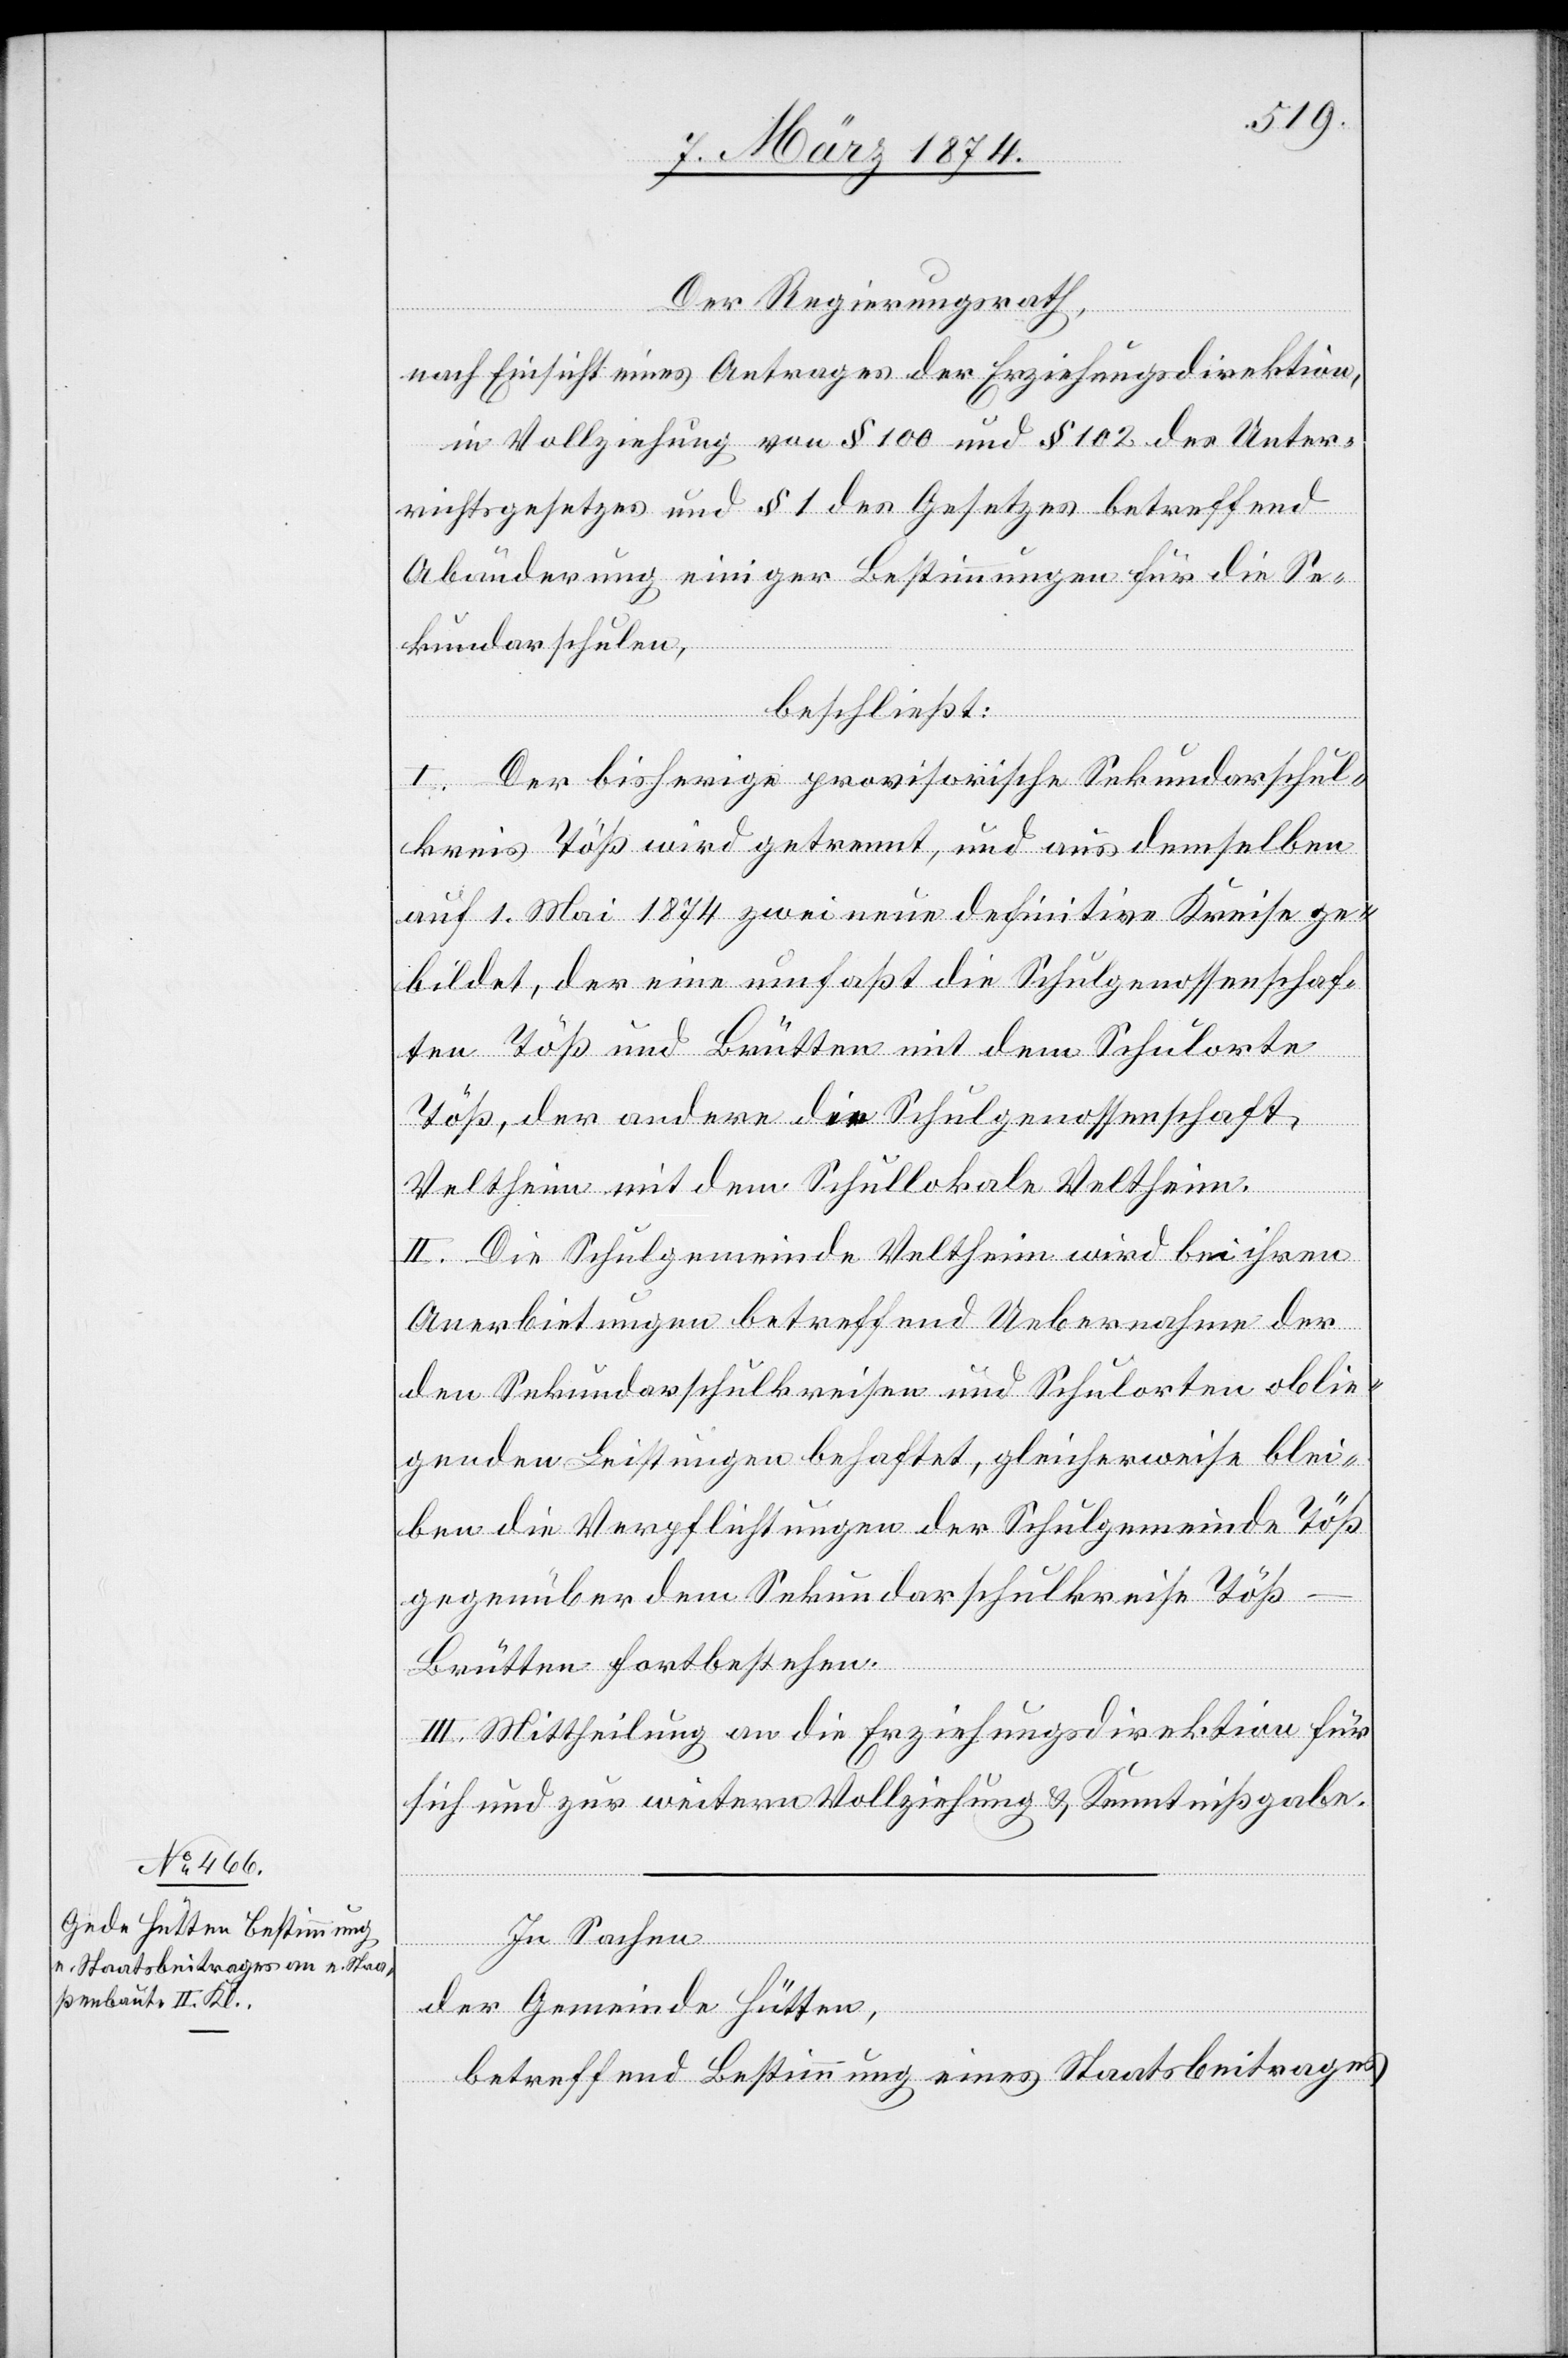
Der Regierungsrath,
nach Einsicht eines Antrages der Erziehungsdirektion,
in Vollziehung von § 100 und § 102 des Unter¬
richtsgesetzes und § 1 des Gesetzes betreffend
Abänderung einiger Bestimmungen für die Se¬
kundarschulen,
beschließt:
I. Der bisherige provisorische Sekundarschul¬
kreis Töß wird getrennt, und aus demselben
auf 1. Mai 1874 zwei neue definitive Kreise ge¬
bildet, der eine umfaßt die Schulgenossenschaf¬
ten Töß und Brütten mit dem Schulorte
Töß, der andere die Schulgenossenschaft
Veltheim mit dem Schullokale Veltheim.
II. Die Schulgemeinde Veltheim wird bei ihren
Anerbietungen betreffend Uebernahme der
den Sekundarschulkreisen und Schulorten oblie¬
genden Leistungen behaftet, gleicherweise blei¬
ben die Verpflichtungen der Schulgemeinde Töß
gegenüber dem Sekundarschulkreise Tö¬
ß-Brütten fortbestehen.
III. Mittheilung an die Erziehungsdirektion für
sich und zur weitern Vollziehung u. Kenntnißgabe.
In Sachen
der Gemeinde Hütten,
betreffend Bestimmung eines Staatsbeitrages